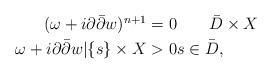
LaTeX: \begin{align*}\begin{aligned}(\omega+i\partial\bar\partial w)^{n+1}&=0\qquad\bar D\times X\\\omega+i\partial\bar\partial w|\{s\}\times X&>0 s\in\bar D,\end{aligned}\end{align*}